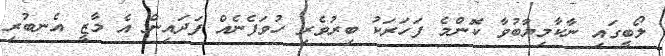
ލޯބީގައި ނާކާމިޔާބުވާ ކޮންމެ ފަހަރަކު ބިރުވެރި ހުވަފެނެއް ފަދައިން އެ މާޒީ އެނބުރި